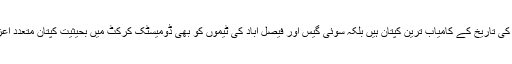
وہ نہ صرف پاکستان کی تاریخ کے کامیاب ترین کپتان ہیں بلکہ سوئی گیس اور فیصل آباد کی ٹیموں کو بھی ڈومیسٹک کرکٹ میں بحیثیت کپتان متعدد اعزازات دلوا چکے ہیں۔